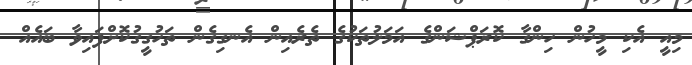
މިއީ އެކި މީހުން ހިންގާ ކޮރަޕްޝަންގެ އަމަލުތަކުގެ ތެރެއިން އެނގިގެން ތަހުގީގުކޮށްފައިވާ ބައެއް